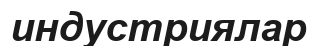
индустриялар